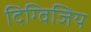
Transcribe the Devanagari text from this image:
दिग्विजिय